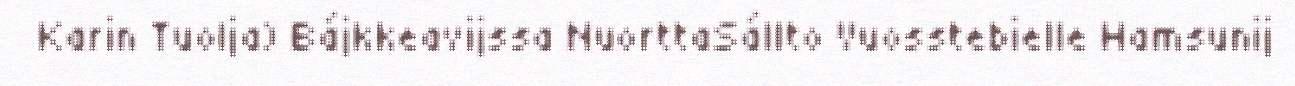
Karin Tuolja) Bájkkeavijssa NuorttaSállto Vuosstebielle Hamsunij